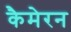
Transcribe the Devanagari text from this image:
कैमेरन